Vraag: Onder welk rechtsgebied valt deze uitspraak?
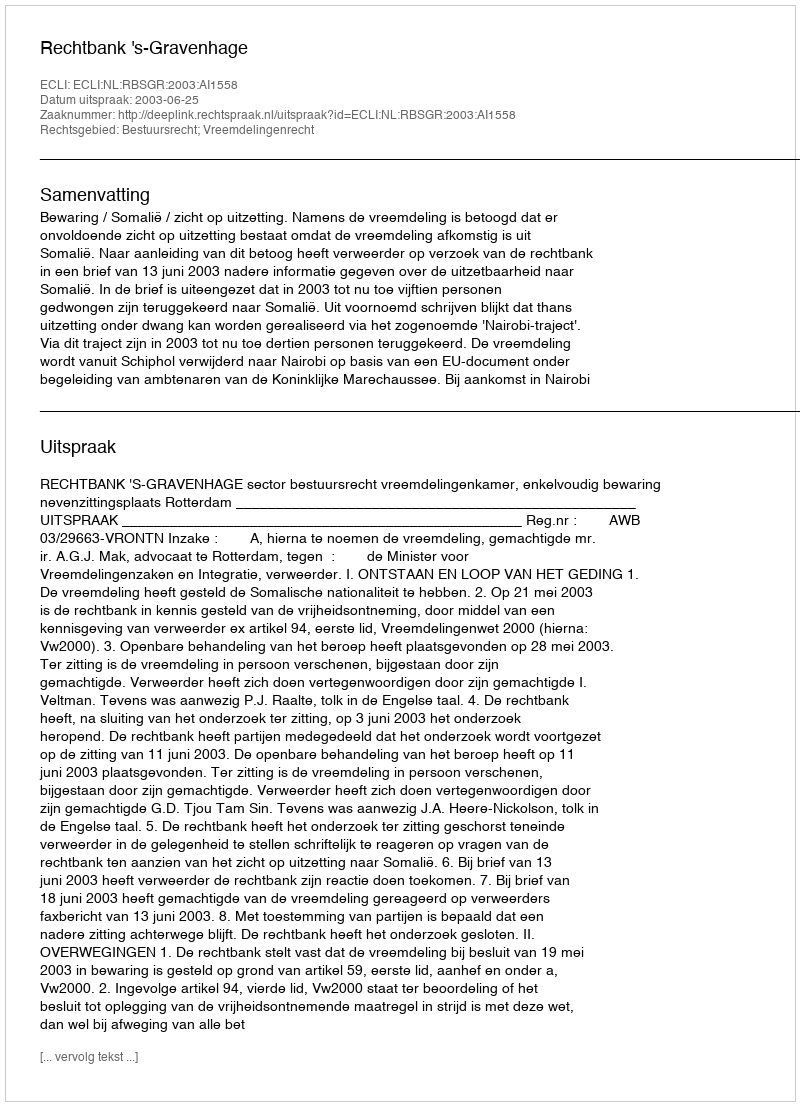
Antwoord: Bestuursrecht; Vreemdelingenrecht